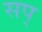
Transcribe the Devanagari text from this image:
सप्